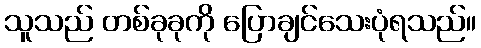
သူသည် တစ်ခုခုကို ပြောချင်သေးပုံရသည်။